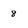
Character: 8